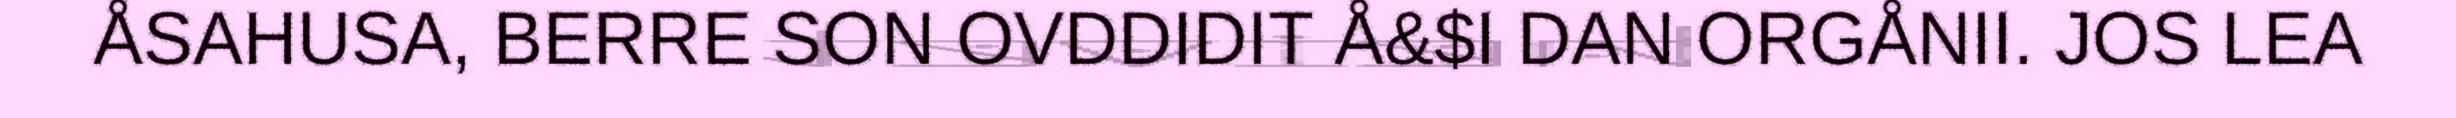
ÅSAHUSA, BERRE SON OVDDIDIT Å&$I DAN ORGÅNII. JOS LEA